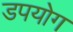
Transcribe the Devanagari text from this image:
डपयोग